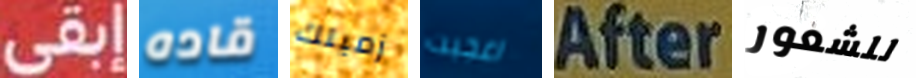
إبقى قاده زميلك اعجبت After للشعور